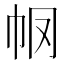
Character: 𢁶